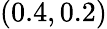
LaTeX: (0.4,0.2)